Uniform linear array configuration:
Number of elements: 8
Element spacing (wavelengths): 0.75
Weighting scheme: uniform
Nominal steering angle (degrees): -60
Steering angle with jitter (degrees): -61.674
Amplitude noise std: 0.05
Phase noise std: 0.05

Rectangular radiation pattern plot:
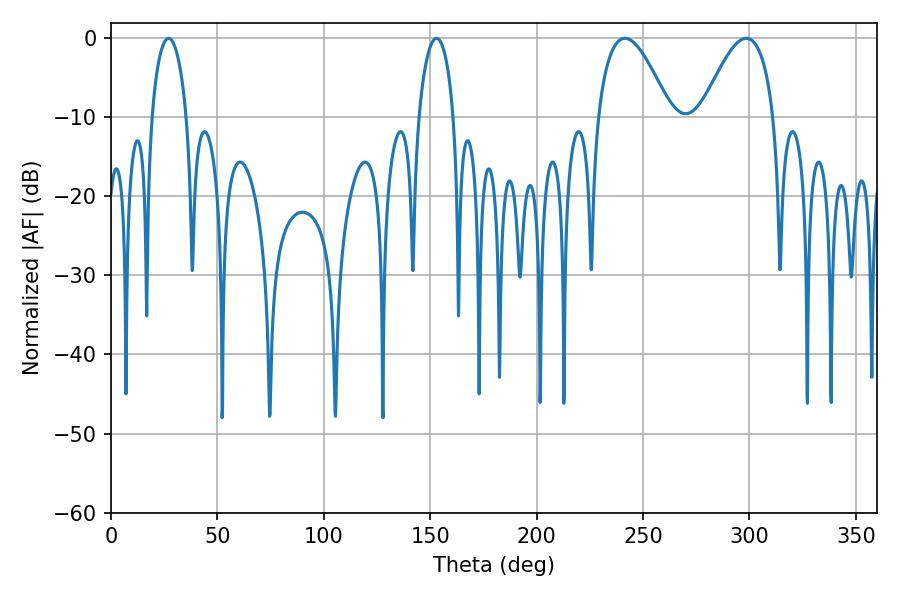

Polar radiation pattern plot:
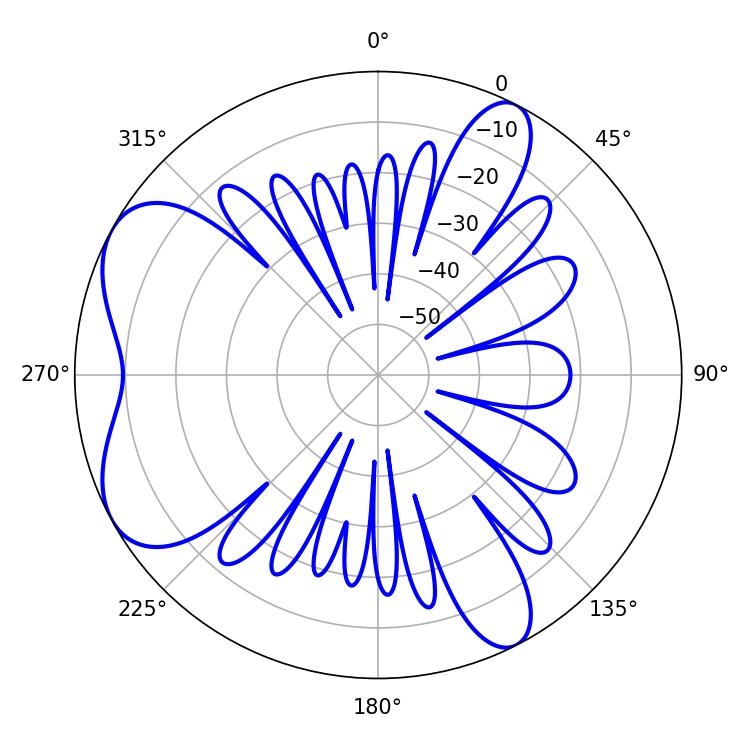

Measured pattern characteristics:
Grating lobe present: TRUE
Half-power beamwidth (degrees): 18.54
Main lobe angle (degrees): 241.56